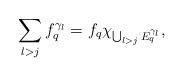
LaTeX: \begin{align*}\sum_{l>j}f_q^{\gamma_l}=f_q\chi_{\bigcup_{l>j}E_q^{\gamma_l}},\end{align*}